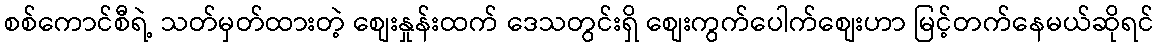
စစ်ကောင်စီရဲ့ သတ်မှတ်ထားတဲ့ စျေးနှုန်းထက် ဒေသတွင်းရှိ စျေးကွက်ပေါက်စျေးဟာ မြင့်တက်နေမယ်ဆိုရင်